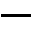
-